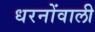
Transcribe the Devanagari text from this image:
धरनोंवाली